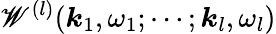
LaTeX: \mathscr{W}^{(l)}(\boldsymbol{k}_{1},\omega_{1};\cdots;\boldsymbol{k}_{l},\omega_{l})